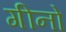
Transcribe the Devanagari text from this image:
गीनो